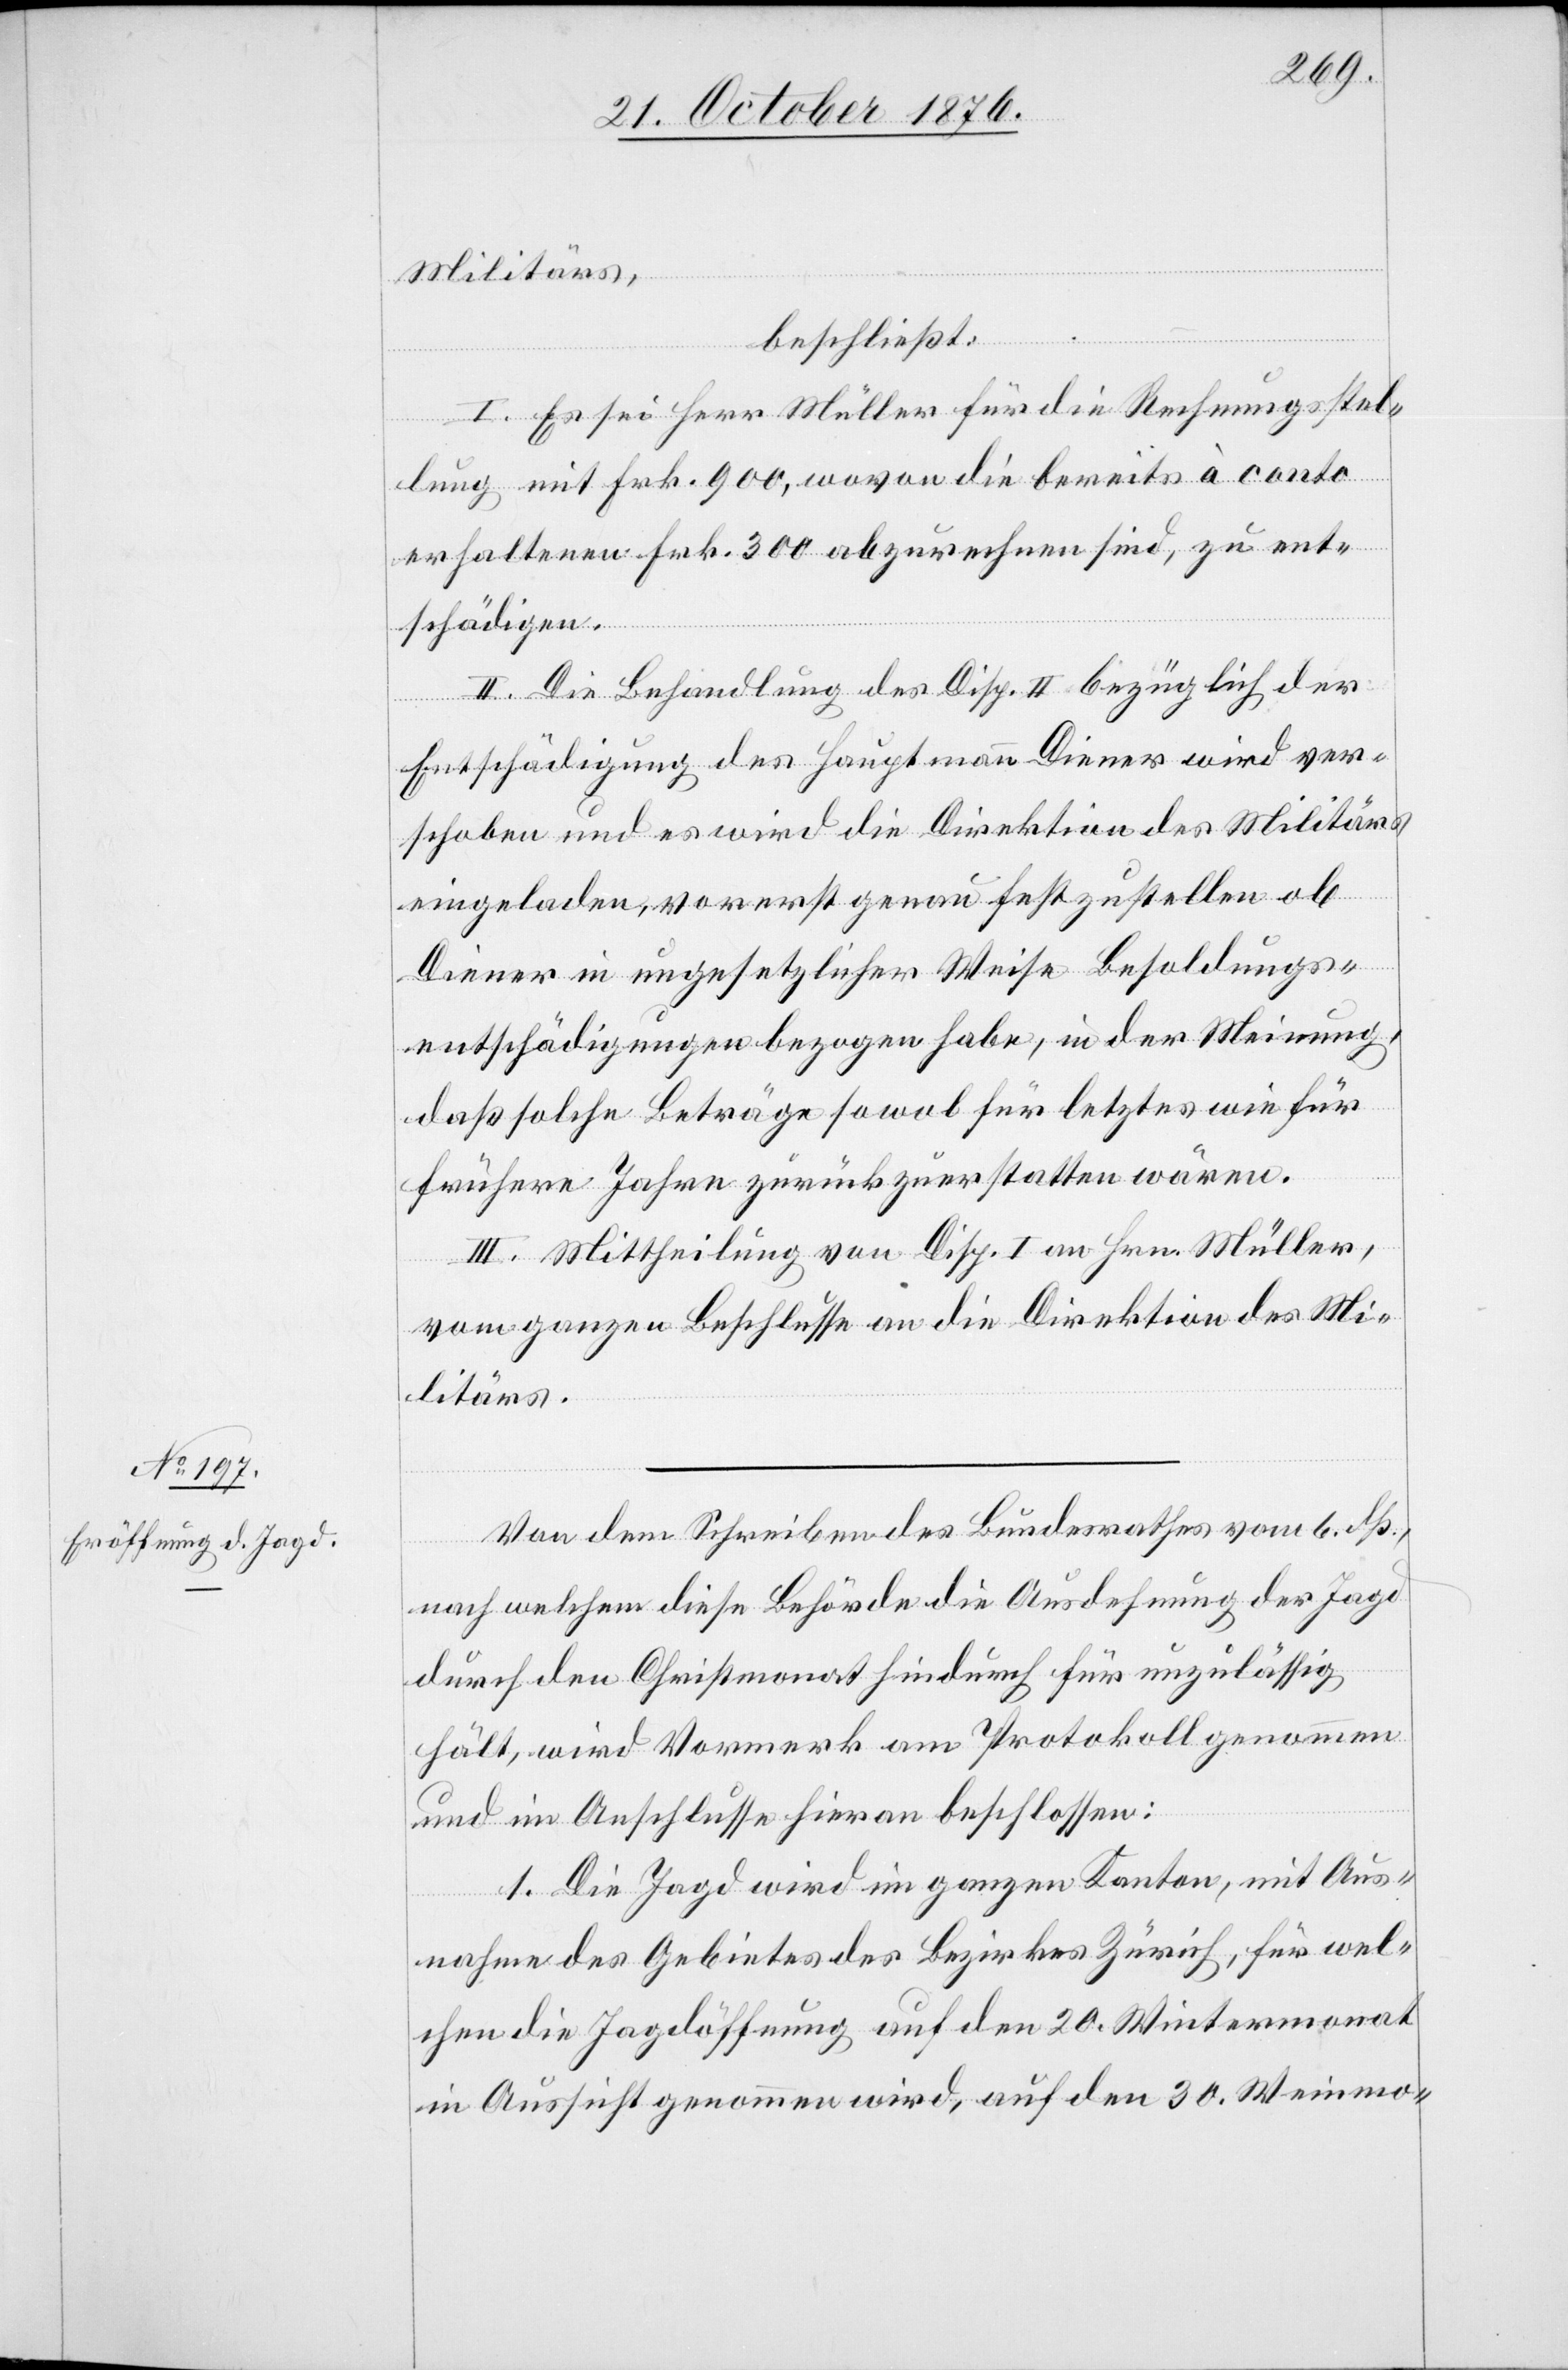
Militärs,
beschließt:
I. Es sei Herr Müller für die Rechnungsstel¬
lung mit Frk. 900, wovon die bereits à conto
erhaltenen Frk. 300 abzurechnen sind, zu ent¬
schädigen.
II. Die Behandlung des Disp. II bezüglich der
Entschädigung des Hauptmann Diener wird ver¬
schoben und es wird die Direktion des Militärs
eingeladen, vorerst genau festzustellen ob
Diener in ungesetzlicher Weise Besoldungs¬
entschädigungen bezogen habe, in der Meinung
daß solche Beträge sowol für letztes wie f¬
rühere Jahre zurückzuerstatten wären.
III. Mittheilung von Disp. I an Hrn. Müller,
vom ganzen Beschlusse an die Direktion des Mi¬
litärs.
Von dem Schreiben des Bundesrathes vom 6. dß.,
nach welchen diese Behörde die Ausdehnung der Jagd
durch den Christmonat hindurch für unzulässig
hält, wird Vormerk am Protokoll genommen
und im Anschlusse hieran beschlossen:
1. Die Jagd wird im ganzen Kanton, mit Aus¬
nahme des Gebietes des Bezirkes Zürich, für wel¬
chen die Jagdöffnung auf den 20. Wintermonat
in Aussicht genommen wird, auf den 30. Weinmo-